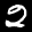
Label: 2